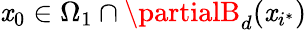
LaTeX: \mathit{x}_{0}\in\Omega_{1}\cap\partialB_{d}(\mathit{x}_{i^{\ast}})